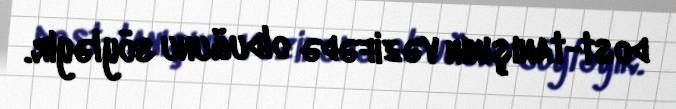
dost-tanışının vəzifədə olduğunu söyləyir.